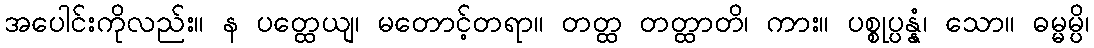
အပေါင်းကိုလည်း။ န ပတ္ထေယျ၊ မတောင့်တရာ။ တတ္ထ တတ္ထာတိ၊ ကား။ ပစ္စုပ္ပန္နံ၊ သော။ ဓမ္မမ္ပိ၊